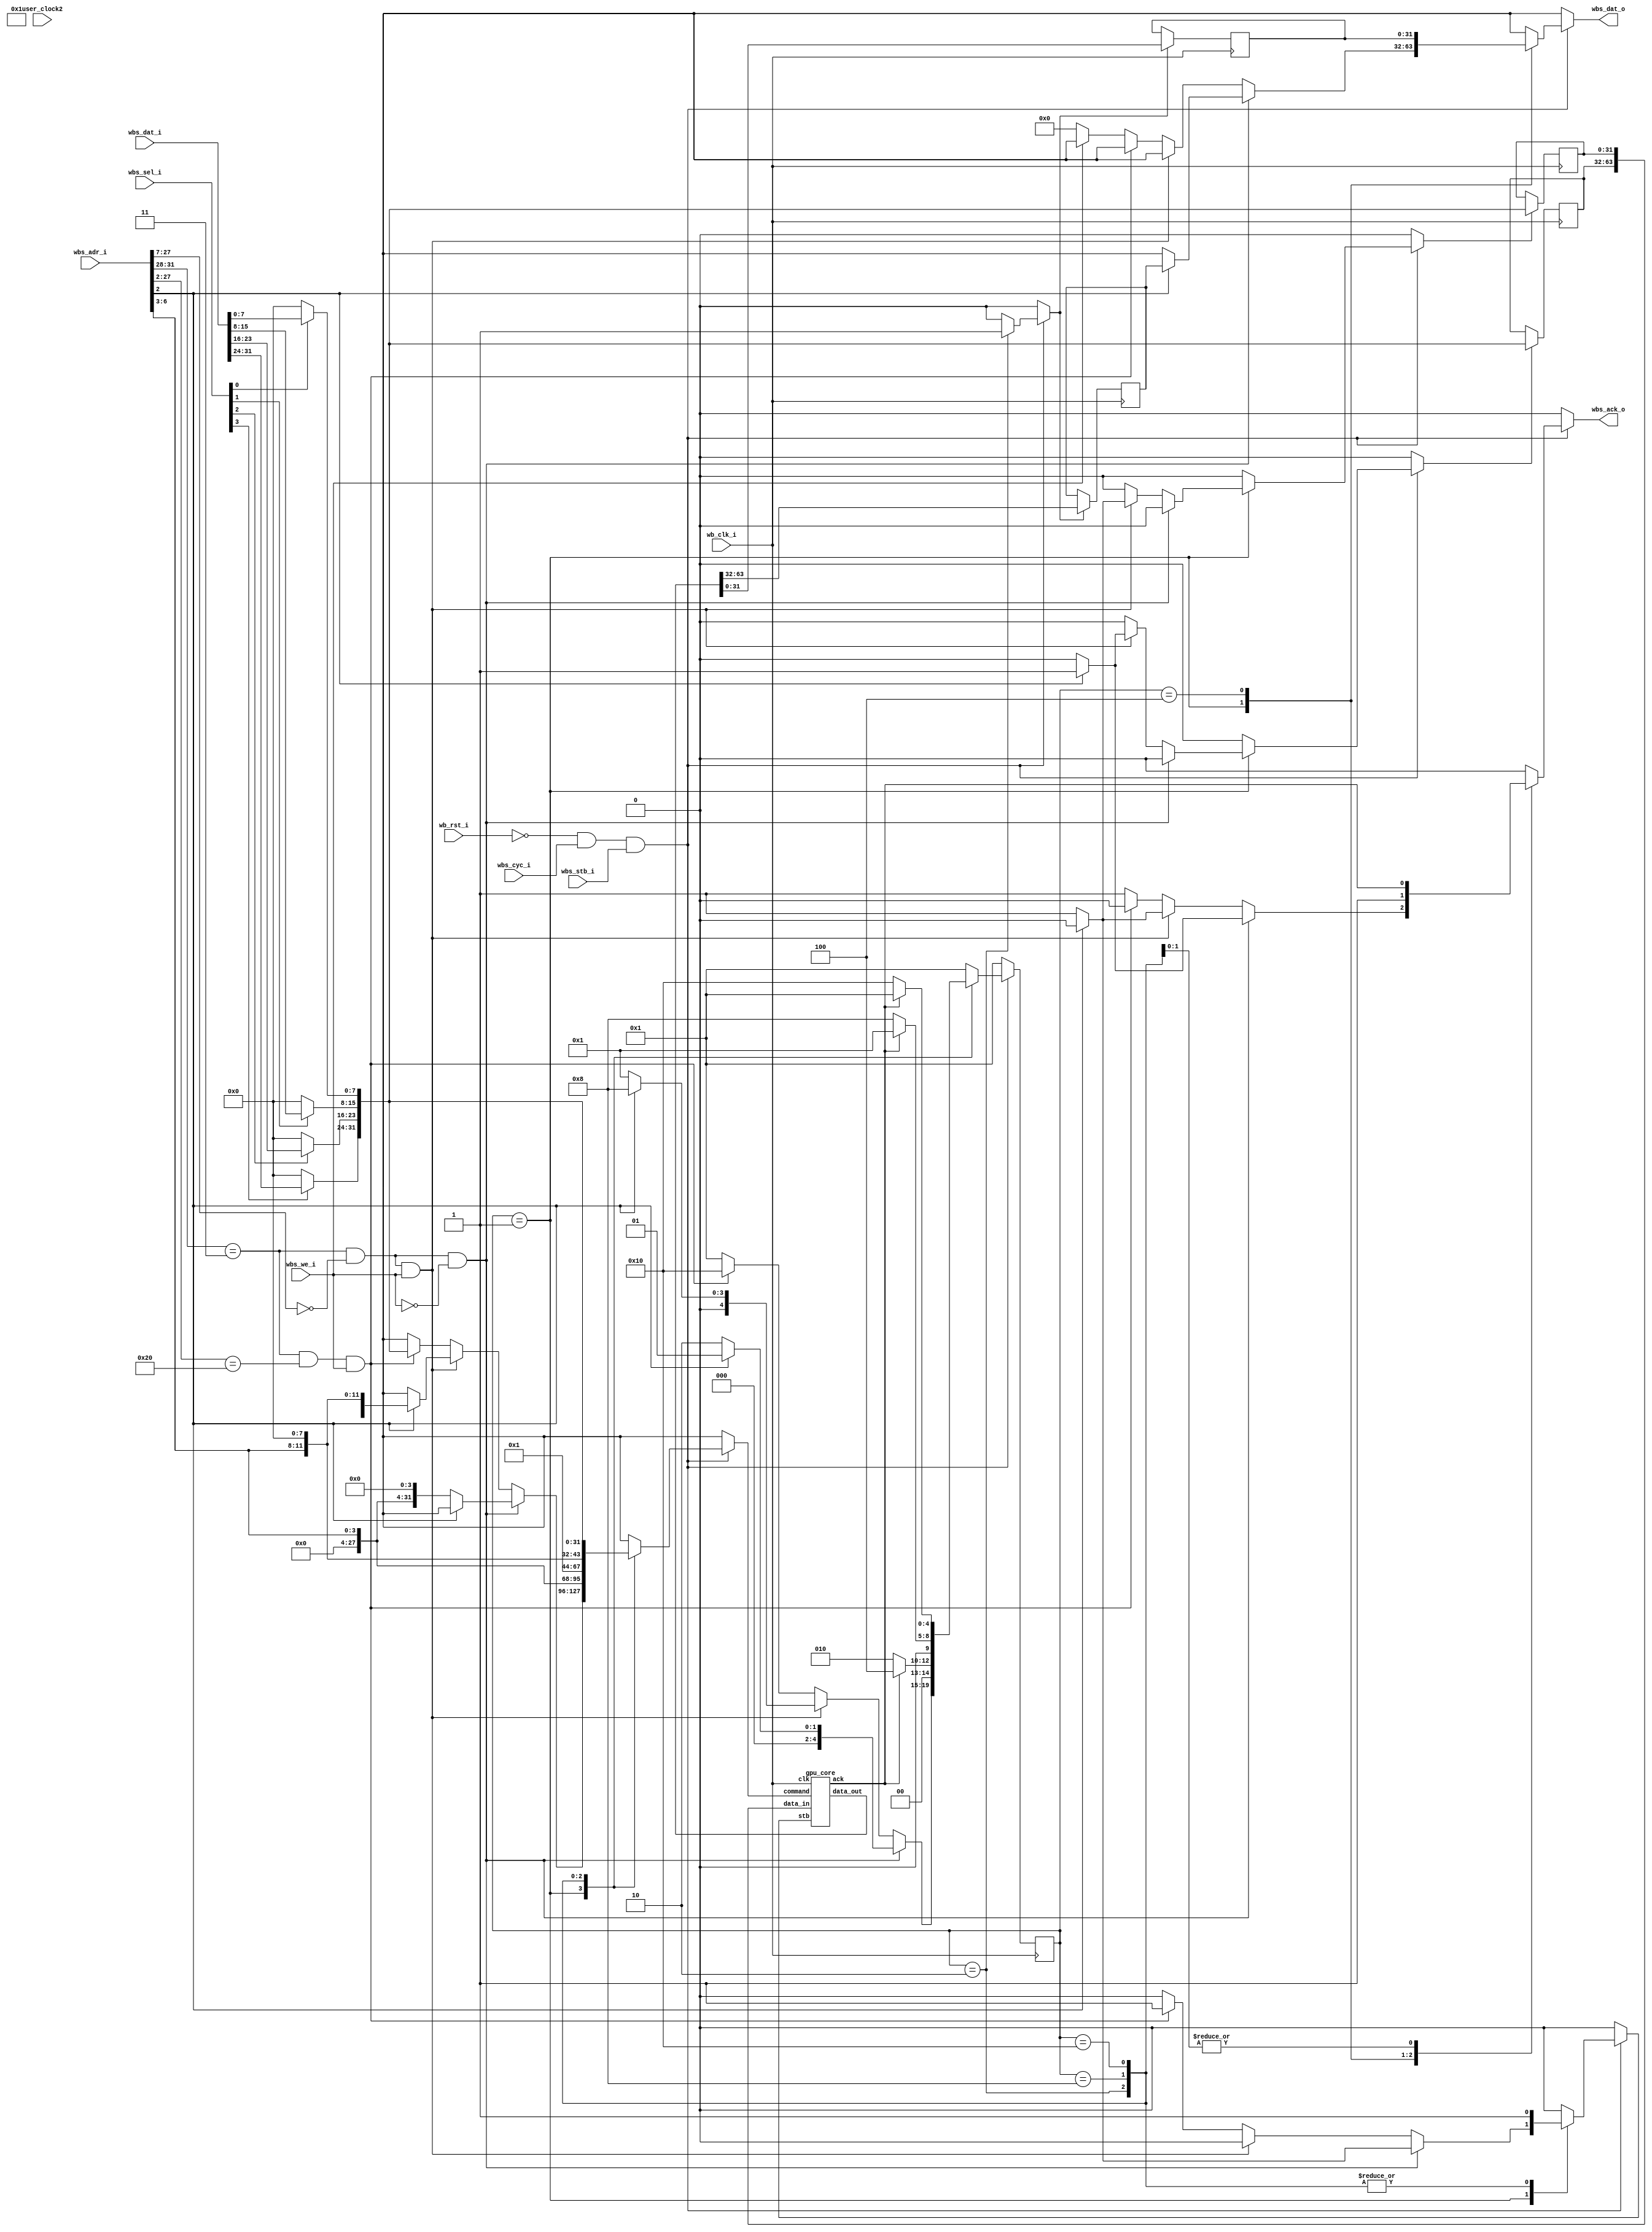
// SPDX-FileCopyrightText: 2023 Thomas Jager
//
// Licensed under the Apache License, Version 2.0 (the "License");
// you may not use this file except in compliance with the License.
// You may obtain a copy of the License at
//
//      http://www.apache.org/licenses/LICENSE-2.0
//
// Unless required by applicable law or agreed to in writing, software
// distributed under the License is distributed on an "AS IS" BASIS,
// WITHOUT WARRANTIES OR CONDITIONS OF ANY KIND, either express or implied.
// See the License for the specific language governing permissions and
// limitations under the License.
// SPDX-License-Identifier: Apache-2.0

// Stores use a bit (where?) to decide whether to clear the rest of the matrix

// All values are 4.12 two's-complement fixed-point numbers

// Note that repeated use of a matrix in a command will select only one column of all used.

`define MAT_BITS ($clog2(MAT_COUNT))

`define GPU_WB_STATE_IDLE       5'b00001
`define GPU_WB_STATE_READ       5'b00010
`define GPU_WB_STATE_READ_DONE  5'b00100
`define GPU_WB_STATE_WRITE      5'b01000
`define GPU_WB_STATE_COMMAND    5'b10000

`define GPU_CORE_STATE_IDLE             16'b0000000000000001
`define GPU_CORE_STATE_MUL_MAT_VEC_0    16'b0000000000000010
`define GPU_CORE_STATE_MUL_MAT_VEC_1    16'b0000000000000100
`define GPU_CORE_STATE_MUL_MAT_VEC_2    16'b0000000000001000
`define GPU_CORE_STATE_MUL_MAT_VEC_3    16'b0000000000010000
`define GPU_CORE_STATE_MUL_MAT_VEC_4    16'b0000000000100000
`define GPU_CORE_STATE_DATA_READ        16'b0000001000000000
`define GPU_CORE_STATE_DATA_WRITE       16'b0000010000000000

`define COMMAND_OP_DATA_READ    4'b0000
`define COMMAND_OP_DATA_WRITE   4'b0001
`define COMMAND_OP_MUL_MAT_VEC  4'b0010

module gpu (
`ifdef USE_POWER_PINS
    inout vdd,	// User area 5.0 V supply
    inout vss,	// User area digital ground
`endif

    // Wishbone Slave ports (WB MI A)
    input wb_clk_i,
    input wb_rst_i,
    input wbs_stb_i,
    input wbs_cyc_i,
    input wbs_we_i,
    input [3:0] wbs_sel_i,
    input [31:0] wbs_dat_i,
    input [31:0] wbs_adr_i,
    output reg wbs_ack_o,
    output reg [31:0] wbs_dat_o,

    input wire user_clock2
);

reg [4:0] wb_state;
reg [4:0] next_wb_state;

wire [31:0] dat_i;
assign dat_i[ 0+:8] = wbs_sel_i[0] ? wbs_dat_i[ 0+:8] : 8'b0;
assign dat_i[ 8+:8] = wbs_sel_i[1] ? wbs_dat_i[ 8+:8] : 8'b0;
assign dat_i[16+:8] = wbs_sel_i[2] ? wbs_dat_i[16+:8] : 8'b0;
assign dat_i[24+:8] = wbs_sel_i[3] ? wbs_dat_i[24+:8] : 8'b0;

reg [31:0] core_command;

reg  [31:0] core_data_in_lo;
reg  [31:0] core_data_in_hi;
wire [63:0] core_data_in;
reg  [31:0] core_data_out_lo;
reg  [31:0] core_data_out_hi;
wire [63:0] core_data_out;

assign core_data_in = {core_data_in_hi,core_data_in_lo};

reg read_out;
reg write_in_lo;
reg write_in_hi;

reg core_stb;
wire core_ack;

always @(*) begin
    core_command = 32'bx;

    core_stb = 1'b0;

    read_out = 1'b0;
    write_in_lo = 1'b0;
    write_in_hi = 1'b0;

    wbs_dat_o = 32'bx;
    wbs_ack_o = 1'b0;

    // TODO: Allow aborted cycle

    if (!wb_rst_i && wbs_cyc_i && wbs_stb_i) begin
        case (wb_state)
            `GPU_WB_STATE_IDLE: begin
                if (wbs_adr_i[31:28] == 4'h3 && wbs_adr_i[27:7] == 21'b0 && wbs_we_i == 1'b0) begin
                    // Data Read
                    if (wbs_adr_i[2] == 1'b0) begin
                        // Fetch data and read lower word
                        core_command = {16'b0,`COMMAND_OP_DATA_READ,4'b00_00,wbs_adr_i[6:3],4'b00_00};
                        core_stb = 1'b1;
                        next_wb_state = `GPU_WB_STATE_READ;
                    end else begin
                        // Read upper word
                        wbs_dat_o = core_data_out_hi;
                        wbs_ack_o = 1'b1;
                        next_wb_state = `GPU_WB_STATE_IDLE;
                    end
                end else if (wbs_adr_i[31:28] == 4'h3 && wbs_adr_i[27:7] == 21'b0 && wbs_we_i == 1'b1) begin
                    // Data Write
                    if (wbs_adr_i[2] == 1'b0) begin
                        // Write lower word
                        write_in_lo = 1'b1;
                        wbs_ack_o = 1'b1;
                        next_wb_state = `GPU_WB_STATE_IDLE;
                    end else begin
                        // Write upper word then update data
                        write_in_hi = 1'b1;
                        core_command = {16'b0,`COMMAND_OP_DATA_WRITE,wbs_adr_i[6:3],4'b00_00,4'b00_00};
                        next_wb_state = `GPU_WB_STATE_WRITE;
                    end
                end else if (wbs_adr_i[31:28] == 4'h3 && wbs_adr_i[27:2] == 26'b100000 && wbs_we_i == 1'b1) begin
                    // Command
                    core_command = dat_i;
                    core_stb = 1'b1;
                    next_wb_state = `GPU_WB_STATE_COMMAND;
                end else begin
                    // Invalid address, no-op
                    next_wb_state = `GPU_WB_STATE_IDLE;
                    if (wbs_we_i == 1'b0) wbs_dat_o = 32'b0;
                    wbs_ack_o = 1'b1;
                end
            end

            `GPU_WB_STATE_READ: begin
                core_command = {16'b0,`COMMAND_OP_DATA_READ,4'b00_00,wbs_adr_i[6:3],4'b00_00};
                core_stb = 1'b1;

                read_out = 1'b1;

                next_wb_state = core_ack ? `GPU_WB_STATE_READ_DONE : `GPU_WB_STATE_READ;
            end

            `GPU_WB_STATE_READ_DONE: begin
                wbs_dat_o = core_data_out_lo;
                wbs_ack_o = 1'b1;

                next_wb_state = `GPU_WB_STATE_IDLE;
            end

            `GPU_WB_STATE_WRITE: begin
                core_command = {16'b0,`COMMAND_OP_DATA_WRITE,wbs_adr_i[6:3],4'b00_00,4'b00_00};
                core_stb = 1'b1;

                wbs_ack_o = core_ack;

                next_wb_state = core_ack ? `GPU_WB_STATE_IDLE : `GPU_WB_STATE_WRITE;
            end

            `GPU_WB_STATE_COMMAND: begin
                core_command = dat_i;
                core_stb = 1'b1;

                wbs_ack_o = core_ack;

                next_wb_state = core_ack ? `GPU_WB_STATE_IDLE : `GPU_WB_STATE_COMMAND;
            end

            default: begin
                next_wb_state = `GPU_WB_STATE_IDLE;
            end
        endcase
    end else begin
        next_wb_state = `GPU_WB_STATE_IDLE;
    end
end

always @(posedge wb_clk_i) begin
    if (read_out) begin
        core_data_out_lo <= core_data_out[31:0];
        core_data_out_hi <= core_data_out[63:32];
    end
    if (write_in_lo) begin
        core_data_in_lo <= dat_i;
    end
    if (write_in_hi) begin
        core_data_in_hi <= dat_i;
    end

    wb_state <= next_wb_state;
end

gpu_core gpu_core (
    .clk (wb_clk_i),

    .command (core_command),
    .data_in (core_data_in),
    .data_out (core_data_out),
    .stb (core_stb),
    .ack (core_ack)
);

endmodule

// TODO: Add reset to gpu_core

module gpu_core #(
    parameter                   MAT_COUNT = 4
) (
    input  wire                 clk,

    input  wire [31:0]          command,
    input  wire [63:0]          data_in,
    output reg  [63:0]          data_out,
    input  wire                 stb,
    output reg                  ack
);

reg [15:0] state;
reg [15:0] next_state;

reg         next_fmadd_reset_sum;
reg         next_fmadd_do_acc;
reg  [63:0] next_fmadd_in1;
reg  [15:0] next_fmadd_in2;

reg         fmadd_reset_sum;
reg         fmadd_do_acc;
reg  [63:0] fmadd_in1;
reg  [15:0] fmadd_in2;
wire [63:0] fmadd_out;

wire [3:0]              command_op;
wire [1:0]              command_mat_a_col_idx;
wire [`MAT_BITS-1:0]    command_mat_a_idx;
wire [1:0]              command_mat_b_col_idx;
wire [`MAT_BITS-1:0]    command_mat_b_idx;
wire [1:0]              command_mat_c_col_idx;
wire [`MAT_BITS-1:0]    command_mat_c_idx;

reg next_ack;

reg  [MAT_COUNT-1:0]    mat_we;
reg  [1:0]              mat_col_idx [MAT_COUNT-1:0];
reg  [63:0]             mat_col_in;
wire [63:0]             mat_col_out [MAT_COUNT-1:0];

assign command_op               = command[((`MAT_BITS+2)*3)+:4];
assign command_mat_a_col_idx    = command[(`MAT_BITS*0+0)+:2];
assign command_mat_a_idx        = command[(`MAT_BITS*0+2)+:`MAT_BITS];
assign command_mat_b_col_idx    = command[(`MAT_BITS*1+2)+:2];
assign command_mat_b_idx        = command[(`MAT_BITS*1+4)+:`MAT_BITS];
assign command_mat_c_col_idx    = command[(`MAT_BITS*2+4)+:2];
assign command_mat_c_idx        = command[(`MAT_BITS*2+6)+:`MAT_BITS];

reg [1:0]               next_mat_a_col_idx;
reg [`MAT_BITS-1:0]     next_mat_a_idx;
reg [1:0]               next_mat_b_col_idx;
reg [`MAT_BITS-1:0]     next_mat_b_idx;
reg [1:0]               next_mat_c_col_idx;
reg [`MAT_BITS-1:0]     next_mat_c_idx;

reg [1:0]               mat_a_col_idx;
reg [`MAT_BITS-1:0]     mat_a_idx;
reg [1:0]               mat_b_col_idx;
reg [`MAT_BITS-1:0]     mat_b_idx;
reg [1:0]               mat_c_col_idx;
reg [`MAT_BITS-1:0]     mat_c_idx;

always @(*) begin
    mat_col_idx[0] = 2'bx;
    mat_col_idx[1] = 2'bx;
    mat_col_idx[2] = 2'bx;
    mat_col_idx[3] = 2'bx;
    mat_col_idx[mat_a_idx] = mat_a_col_idx;
    mat_col_idx[mat_b_idx] = mat_b_col_idx;
    mat_col_idx[mat_c_idx] = mat_c_col_idx;
end

always @(*) begin
    mat_we = 4'b0;

    case (state)
        `GPU_CORE_STATE_MUL_MAT_VEC_4: begin
            mat_col_in = fmadd_out;
            mat_we[mat_c_idx] = 1'b1;
            data_out = 64'bx;
        end

        `GPU_CORE_STATE_DATA_READ: begin
            mat_col_in = 64'bx;
            mat_we[mat_c_idx] = 1'b0;
            data_out = mat_col_out[mat_b_idx];
        end

        `GPU_CORE_STATE_DATA_WRITE: begin
            mat_col_in = data_in;
            mat_we[mat_c_idx] = 1'b1;
            data_out = 64'bx;
        end

        default: begin
            mat_col_in = 64'bx;
            mat_we[mat_c_idx] = 1'b0;
            data_out = 64'bx;
        end
    endcase
end

always @(*) begin
    next_mat_a_col_idx  = 2'bx;
    next_mat_a_idx      = {`MAT_BITS{1'bx}};
    next_mat_b_col_idx  = 2'bx;
    next_mat_b_idx      = {`MAT_BITS{1'bx}};
    next_mat_c_col_idx  = 2'bx;
    next_mat_c_idx      = {`MAT_BITS{1'bx}};
    next_ack = 1'b0;

    next_fmadd_in1 = 64'bx;
    next_fmadd_in2 = 16'bx;
    next_fmadd_reset_sum = 1'b0;
    next_fmadd_do_acc = 1'b0;

    case (state)
        `GPU_CORE_STATE_IDLE: begin
            if (stb) begin
                case (command_op)
                    `COMMAND_OP_DATA_READ: begin
                        next_state = `GPU_CORE_STATE_DATA_READ;

                        next_mat_b_col_idx = command_mat_b_col_idx;
                        next_mat_b_idx = command_mat_b_idx;

                        next_ack = 1'b1;
                    end
    
                    `COMMAND_OP_DATA_WRITE: begin
                        next_state = `GPU_CORE_STATE_DATA_WRITE;
                    
                        next_mat_c_col_idx = command_mat_c_col_idx;
                        next_mat_c_idx = command_mat_c_idx;
            
                        next_ack = 1'b1;
                    end

                    `COMMAND_OP_MUL_MAT_VEC: begin
                        next_state = `GPU_CORE_STATE_MUL_MAT_VEC_0;

                        next_mat_a_col_idx  = 2'd0;
                        next_mat_a_idx      = command_mat_a_idx;
                        next_mat_b_col_idx  = command_mat_b_col_idx;
                        next_mat_b_idx      = command_mat_b_idx;
                        next_mat_c_col_idx  = command_mat_c_col_idx;
                        next_mat_c_idx      = command_mat_c_idx;

                        next_ack = 1'b1;
                    end

                    default: begin
                        // Invalid command, ignore it
                        next_state = `GPU_CORE_STATE_IDLE;

                        next_ack = 1'b1;
                    end
                endcase
            end else begin
                next_state = `GPU_CORE_STATE_IDLE;
            end
        end

        `GPU_CORE_STATE_MUL_MAT_VEC_0: begin
            next_state = `GPU_CORE_STATE_MUL_MAT_VEC_1;

            next_mat_a_col_idx  = 2'd1;
            next_mat_a_idx      = mat_a_idx;
            next_mat_b_col_idx  = mat_b_col_idx;
            next_mat_b_idx      = mat_b_idx;
            next_mat_c_col_idx  = mat_c_col_idx;
            next_mat_c_idx      = mat_c_idx;

            next_fmadd_reset_sum = 1'b1;
            next_fmadd_do_acc = 1'b1;
            next_fmadd_in1 = mat_col_out[mat_a_idx];
            next_fmadd_in2 = mat_col_out[mat_b_idx][ 0+:16];
        end
        
        `GPU_CORE_STATE_MUL_MAT_VEC_1: begin
            next_state = `GPU_CORE_STATE_MUL_MAT_VEC_2;

            next_mat_a_col_idx  = 2'd2;
            next_mat_a_idx      = mat_a_idx;
            next_mat_b_col_idx  = mat_b_col_idx;
            next_mat_b_idx      = mat_b_idx;
            next_mat_c_col_idx  = mat_c_col_idx;
            next_mat_c_idx      = mat_c_idx;

            next_fmadd_reset_sum = 1'b0;
            next_fmadd_do_acc = 1'b1;
            next_fmadd_in1 = mat_col_out[mat_a_idx];
            next_fmadd_in2 = mat_col_out[mat_b_idx][16+:16];
        end
        
        `GPU_CORE_STATE_MUL_MAT_VEC_2: begin
            next_state = `GPU_CORE_STATE_MUL_MAT_VEC_3;

            next_mat_a_col_idx  = 2'd3;
            next_mat_a_idx      = mat_a_idx;
            next_mat_b_col_idx  = mat_b_col_idx;
            next_mat_b_idx      = mat_b_idx;
            next_mat_c_col_idx  = mat_c_col_idx;
            next_mat_c_idx      = mat_c_idx;

            next_fmadd_reset_sum = 1'b0;
            next_fmadd_do_acc = 1'b1;
            next_fmadd_in1 = mat_col_out[mat_a_idx];
            next_fmadd_in2 = mat_col_out[mat_b_idx][32+:16];
        end
        
        `GPU_CORE_STATE_MUL_MAT_VEC_3: begin
            next_state = `GPU_CORE_STATE_MUL_MAT_VEC_4;

            next_mat_c_col_idx  = mat_c_col_idx;
            next_mat_c_idx      = mat_c_idx;

            next_fmadd_reset_sum = 1'b0;
            next_fmadd_do_acc = 1'b1;
            next_fmadd_in1 = mat_col_out[mat_a_idx];
            next_fmadd_in2 = mat_col_out[mat_b_idx][48+:16];
        end
        
        `GPU_CORE_STATE_MUL_MAT_VEC_4: begin
            next_state = `GPU_CORE_STATE_IDLE;
        end
        
        `GPU_CORE_STATE_DATA_READ: begin
            next_state = `GPU_CORE_STATE_IDLE;
        end
        
        `GPU_CORE_STATE_DATA_WRITE: begin
            next_state = `GPU_CORE_STATE_IDLE;
        end
        
        default: begin
            next_state = `GPU_CORE_STATE_IDLE;
        end
    endcase
end

always @(posedge clk) begin
    mat_a_col_idx  <= next_mat_a_col_idx;
    mat_a_idx      <= next_mat_a_idx;
    mat_b_col_idx  <= next_mat_b_col_idx;
    mat_b_idx      <= next_mat_b_idx;
    mat_c_col_idx  <= next_mat_c_col_idx;
    mat_c_idx      <= next_mat_c_idx;

    fmadd_reset_sum <= next_fmadd_reset_sum;
    fmadd_do_acc    <= next_fmadd_do_acc;
    fmadd_in1       <= next_fmadd_in1;
    fmadd_in2       <= next_fmadd_in2;

    ack <= next_ack;
    state <= next_state;
end

mat_reg mat0 (
    .clk (clk),
    .we (mat_we[0]),
    .col_idx (mat_col_idx[0]),
    .col_in (mat_col_in),
    .col_out (mat_col_out[0])
);

mat_reg mat1 (
    .clk (clk),
    .we (mat_we[1]),
    .col_idx (mat_col_idx[1]),
    .col_in (mat_col_in),
    .col_out (mat_col_out[1])
);

mat_reg mat2 (
    .clk (clk),
    .we (mat_we[2]),
    .col_idx (mat_col_idx[2]),
    .col_in (mat_col_in),
    .col_out (mat_col_out[2])
);

mat_reg mat3 (
    .clk (clk),
    .we (mat_we[3]),
    .col_idx (mat_col_idx[3]),
    .col_in (mat_col_in),
    .col_out (mat_col_out[3])
);

fmadd_4p12x4 fmadd (
    .clk (clk),
    .reset_sum (fmadd_reset_sum),
    .do_acc (fmadd_do_acc),
    .in1 (fmadd_in1),
    .in2 (fmadd_in2),
    .out (fmadd_out)
);

endmodule

module fmadd_4p12x4 (
    input  wire         clk,
    input  wire         reset_sum,
    input  wire         do_acc,
    input  wire [63:0]  in1,    // 4x two's complement 4.12
    input  wire [15:0]  in2,    // 1x two's complement 4.12
    output wire [63:0]  out     // 4x two's complement 4.12
);

fmadd_4p12 fmadd0 (
    .clk (clk),
    .reset_sum (reset_sum),
    .do_acc (do_acc),
    .in1 (in1[ 0+:16]),
    .in2 (in2),
    .out (out[ 0+:16])
);

fmadd_4p12 fmadd1 (
    .clk (clk),
    .reset_sum (reset_sum),
    .do_acc (do_acc),
    .in1 (in1[16+:16]),
    .in2 (in2),
    .out (out[16+:16])
);

fmadd_4p12 fmadd2 (
    .clk (clk),
    .reset_sum (reset_sum),
    .do_acc (do_acc),
    .in1 (in1[32+:16]),
    .in2 (in2),
    .out (out[32+:16])
);

fmadd_4p12 fmadd3 (
    .clk (clk),
    .reset_sum (reset_sum),
    .do_acc (do_acc),
    .in1 (in1[48+:16]),
    .in2 (in2),
    .out (out[48+:16])
);

endmodule

module fmadd_4p12 (
    input  wire         clk,
    input  wire         reset_sum,
    input  wire         do_acc,
    input  wire [15:0]  in1,    // Two's complement 4.12
    input  wire [15:0]  in2,    // Two's complement 4.12
    output reg  [15:0]  out     // Two's complement 4.12
);

// Two's complement 20.12
wire signed [31:0] in1_ext, in2_ext;

// Two's complement 8.24
reg  signed [31:0] sum_in, sum, acc;

assign in1_ext = {{16{in1[15]}}, in1};
assign in2_ext = {{16{in2[15]}}, in2};

always @(*) begin
    if (reset_sum) begin
        sum_in = 32'b0;
    end else begin
        sum_in = acc;
    end

    sum = sum_in + in1_ext * in2_ext;
    out = sum[27:12];
end

always @(posedge clk) begin
    if (do_acc) begin
        acc <= sum;
    end
end

endmodule

module mat_reg (
    input  wire         clk,
    input  wire         we,
    input  wire [1:0]   col_idx,
    input  wire [63:0]  col_in,
    output reg  [63:0]  col_out
);

//   bit             row   col
reg [15:0]  mat_reg [3:0] [3:0];

always @(*) begin
    col_out[ 0+:16] = mat_reg[0][col_idx];
    col_out[16+:16] = mat_reg[1][col_idx];
    col_out[32+:16] = mat_reg[2][col_idx];
    col_out[48+:16] = mat_reg[3][col_idx];

    // row_out[ 0+:16] = mat_reg[0][row_idx];
    // row_out[16+:16] = mat_reg[1][row_idx];
    // row_out[32+:16] = mat_reg[2][row_idx];
    // row_out[48+:16] = mat_reg[3][row_idx];
end

always @(posedge clk) begin
    if (we) begin
        mat_reg[0][col_idx] <= col_in[ 0+:16];
        mat_reg[1][col_idx] <= col_in[16+:16];
        mat_reg[2][col_idx] <= col_in[32+:16];
        mat_reg[3][col_idx] <= col_in[48+:16];
    end
end

endmodule